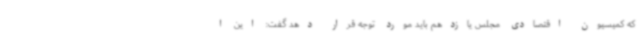
که کمیسیون اقتصادی مجلس یازدهم باید مورد توجه قرار دهد گفت: این ا